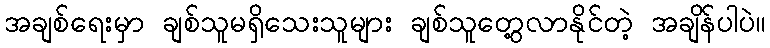
အချစ်ရေးမှာ ချစ်သူမရှိသေးသူများ ချစ်သူတွေ့လာနိုင်တဲ့ အချိန်ပါပဲ။